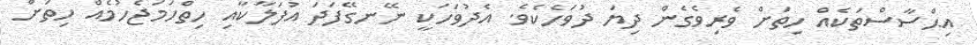
އިޙްސާސްތަކެއް ހިތަށް ވެރިވެގެން ދިޔަ ދުވަހެކެވެ. އެދުވަހަކީ ނޭނގޭފަދަ އުފަލާކާއި ހިތްހަމަޖެހުމެއް ހިތަށް